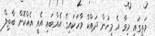
މަތީގައި މިވާ އެ މީހުން ދައްކާ ވާހަކައިގެ އެއްބައި އެއީ އެއްކޮށް ބާޠިލް